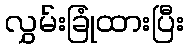
လွှမ်းခြုံထားပြီး